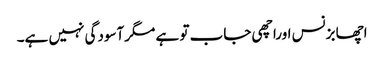
اچھا بزنس اوراچھی جاب تو ہے مگرآسودگی نہیں ہے۔